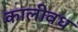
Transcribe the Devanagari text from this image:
कालीवध